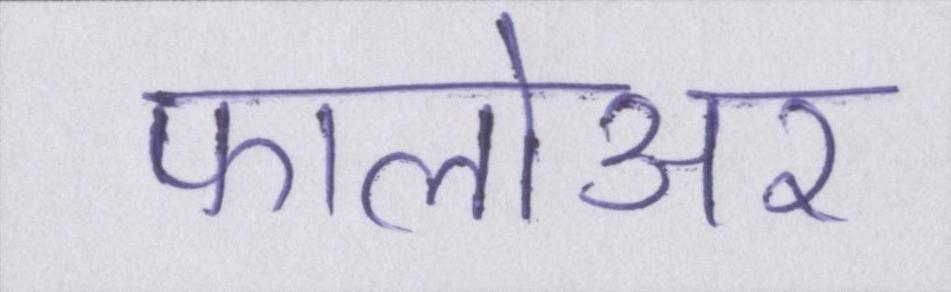
फालोअर